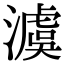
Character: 澞